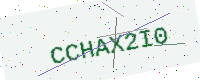
Text: CCHAX2I0